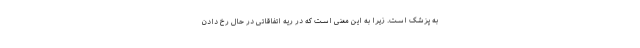
به پزشک است. زیرا به این معنی است که در ریه اتفاقاتی در حال رخ دادن